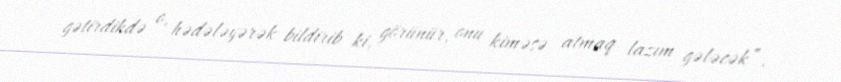
gətirdikdə o, hədələyərək bildirib ki, görünür, onu kiməsə atmaq lazım gələcək”.